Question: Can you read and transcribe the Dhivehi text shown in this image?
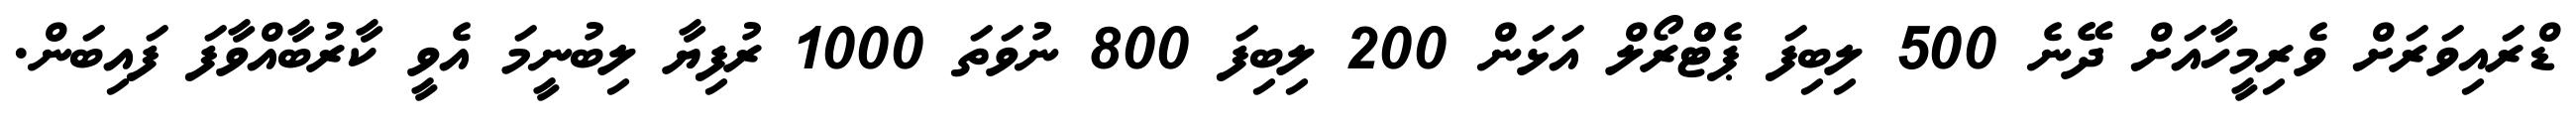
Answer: ޑްރައިވަރަށް ވެރިމީހާއަށް ދޭނެ 500 ލިބިފަ ޕެޓްްރޯލް އަޅަން 200 ލިބިފަ 800 ނުވަތަ 1000 ރުފިޔާ ލިބުނީމަ އެވީ ކާރުބާއްވާފަ ފައިބަން.